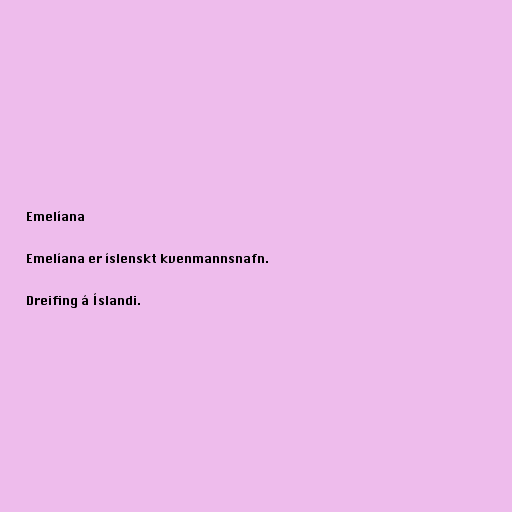
Emelíana

Emelíana er íslenskt kvenmannsnafn.

Dreifing á Íslandi.